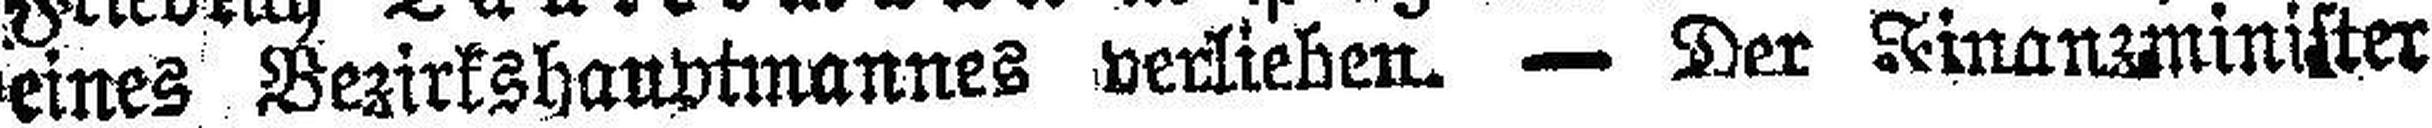
eines Bezirkshauptmannes verlieben. — Der Finanzminister